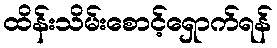
ထိန်းသိမ်းစောင့်ရှောက်ရန်